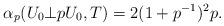
LaTeX: \begin{align*}\alpha_p(U_0 \bot pU_0, T)=2(1+p^{-1})^2 p. \end{align*}